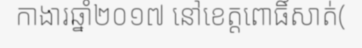
កាងារឆ្នាំ២០១៧ នៅខេត្តពោធិ៍សាត់(